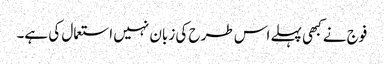
فوج نے کبھی پہلے اس طرح کی زبان نہیں استعمال کی ہے۔